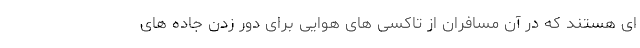
ای هستند که در آن مسافران از تاکسی های هوایی برای دور زدن جاده های